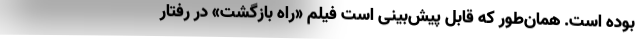
بوده است. همان‌طور که قابل پیش‌بینی است فیلم «راه بازگشت» در رفتار